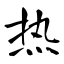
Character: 热